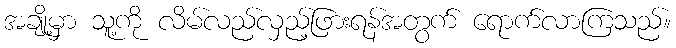
အချို့မှာ သူ့ကို လိမ်လည်လှည့်ဖြားရန်အတွက် ရောက်လာကြသည်။